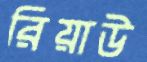
রিয়াউ